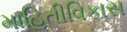
માહિતીવિકાસ